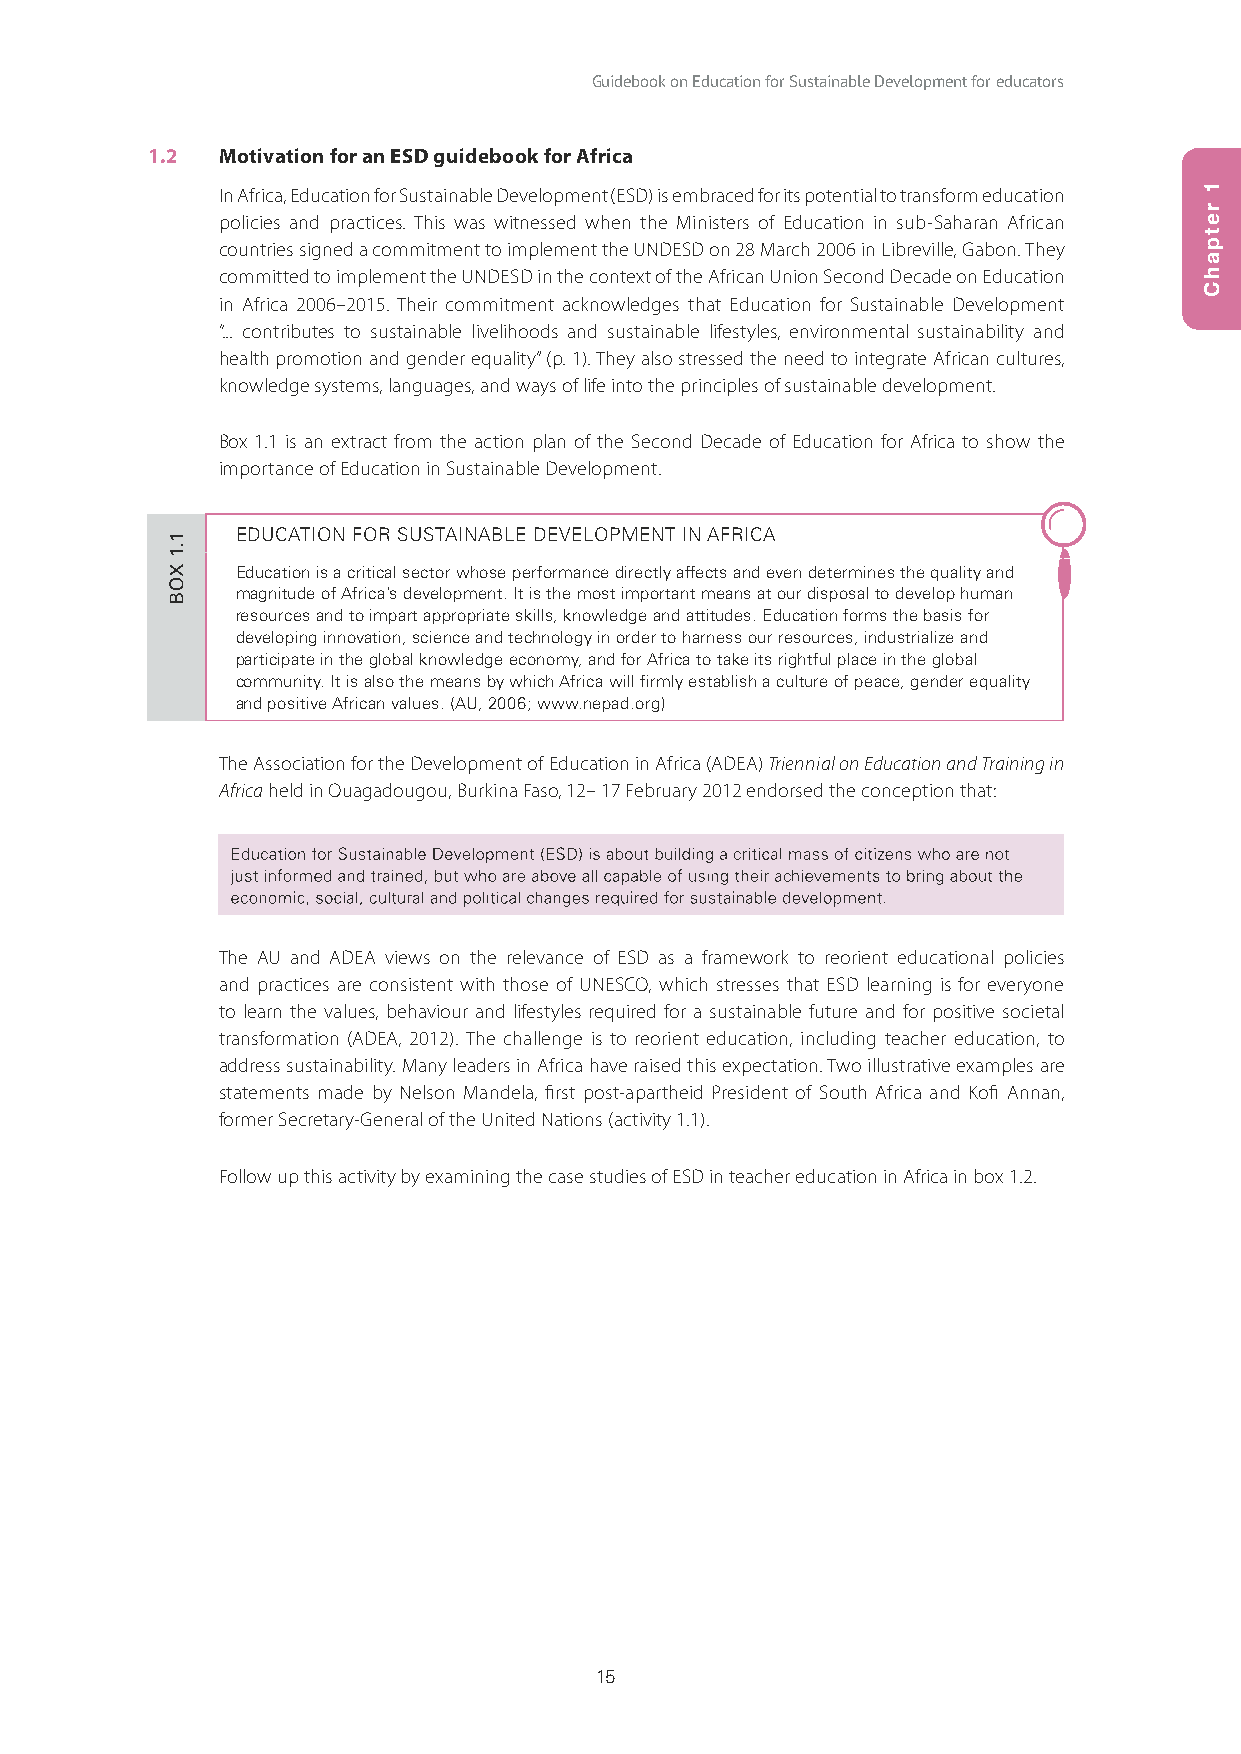
Guidebook on Education for Sustainable Development for educators
 1.2 Motivation for an ESD guidebook for Africa
 In Africa, Education for Sustainable Development (ESD) is embraced for its potential to transform education
 policies and practices. This was witnessed when the Ministers of Education in sub-Saharan African
 countries signed a commitment to implement the UNDESD on 28 March 2006 in Libreville, Gabon. They
 committed to implement the UNDESD in the context of the African Union Second Decade on Education
 in Africa 2006–2015. Their commitment acknowledges that Education for Sustainable Development
 “... contributes to sustainable livelihoods and sustainable lifestyles, environmental sustainability and
 health promotion and gender equality” (p. 1). They also stressed the need to integrate African cultures,
 knowledge systems, languages, and ways of life into the principles of sustainable development.
 Box 1.1 is an extract from the action plan of the Second Decade of Education for Africa to show the
 importance of Education in Sustainable Development.
 EDUCATION FOR SUSTAINABLE DEVELOPMENT IN AFRICA
 Education is a critical sector whose performance directly affects and even determines the quality and
 magnitude of Africa’s development. It is the most important means at our disposal to develop human
 resources and to impart appropriate skills, knowledge and attitudes. Education forms the basis for
 developing innovation, science and technology in order to harness our resources, industrialize and
 participate in the global knowledge economy, and for Africa to take its rightful place in the global
 community. It is also the means by which Africa will firmly establish a culture of peace, gender equality
 and positive African values. (AU, 2006; www.nepad.org)
 The Association for the Development of Education in Africa (ADEA) Triennial on Education and Training in
 Africa held in Ouagadougou, Burkina Faso, 12– 17 February 2012 endorsed the conception that:
 Education for Sustainable Development (ESD) is about building a critical mass of citizens who are not
 jjuusstt iinnffoorrmmeedd aanndd ttrraaiinneedd,, bbuutt wwhhoo aarree aabboovvee aallll ccaappaabbllee ooff uussiinngg tthheeiirr aacchhiieevveemmeennttss ttoo bbrriinngg aabboouutt tthhee
 eeccoonnoommiicc,, ssoocciiaall,, ccuullttuurraall aanndd ppoolliittiiccaall cchhaannggeess rreeqquuiirreedd ffoorr ssuussttaaiinnaabbllee ddeevveellooppmmeenntt..
 The AU and ADEA views on the relevance of ESD as a framework to reorient educational policies
 and practices are consistent with those of UNESCO, which stresses that ESD learning is for everyone
 to learn the values, behaviour and lifestyles required for a sustainable future and for positive societal
 transformation (ADEA, 2012). The challenge is to reorient education, including teacher education, to
 address sustainability. Many leaders in Africa have raised this expectation. Two illustrative examples are
 statements made by Nelson Mandela, first post-apartheid President of South Africa and Kofi Annan,
 former Secretary-General of the United Nations (activity 1.1).
 Follow up this activity by examining the case studies of ESD in teacher education in Africa in box 1.2.
 15
 11..11
 XOB
 1
 retpahC